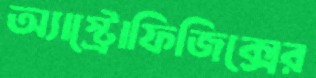
অ্যাস্ট্রোফিজিক্সের